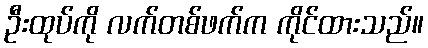
ဦးထုပ်ကို လက်တစ်ဖက်က ကိုင်ထားသည်။